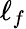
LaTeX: \ell_{f}